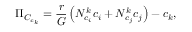
\Pi _ { C _ { c _ { k } } } = \frac { r } { G } \left( N _ { c _ { i } } ^ { k } c _ { i } + N _ { c _ { j } } ^ { k } c _ { j } \right) - c _ { k } ,